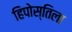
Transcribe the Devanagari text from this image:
हिपोस्तिला